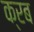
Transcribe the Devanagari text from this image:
क्रब